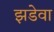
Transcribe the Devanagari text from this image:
झडेवा